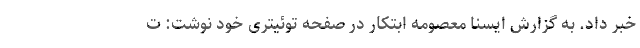
خبر داد. به گزارش ایسنا معصومه ابتکار در صفحه توئیتری خود نوشت: ت